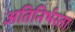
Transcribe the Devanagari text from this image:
अतिनिर्भरता